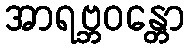
အာရဗ္ဘဝန္တော